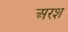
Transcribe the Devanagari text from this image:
अरश